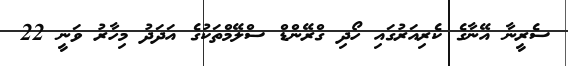
ސެރީނާ އޭނާގެ ކެރިއަރުގައި ހޯދި ގްރޭންޑް ސްލޭމްތަކުގެ އަދަދު މިހާރު ވަނީ 22